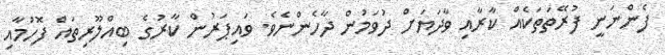
ފެންނަނީ ފުރޭތަތަކެއް ކާރާއި ވާދަޔަށް ދުވަމުން ދާހެންނެވެ. ވައިޕަރުން ކާރުގެ ބިއްލޫރިތައް ފޮހުމާއި